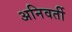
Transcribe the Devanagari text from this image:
अनिवर्ती